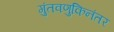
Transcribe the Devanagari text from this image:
गुंतवणुकिनंतर